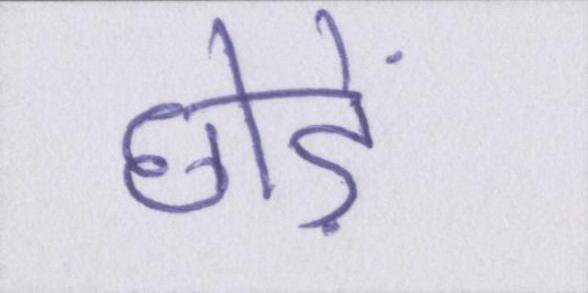
छोड़ें